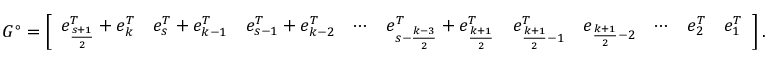
G ^ { \circ } = \left[ \begin{array} { c c c c c c c c c c } { e _ { \frac { s + 1 } { 2 } } ^ { T } + e _ { k } ^ { T } } & { e _ { s } ^ { T } + e _ { k - 1 } ^ { T } } & { e _ { s - 1 } ^ { T } + e _ { k - 2 } ^ { T } } & { \cdots } & { e _ { s - \frac { k - 3 } { 2 } } ^ { T } + e _ { \frac { k + 1 } { 2 } } ^ { T } } & { e _ { \frac { k + 1 } { 2 } - 1 } ^ { T } } & { e _ { \frac { k + 1 } { 2 } - 2 } } & { \cdots } & { e _ { 2 } ^ { T } } & { e _ { 1 } ^ { T } } \end{array} \right] .